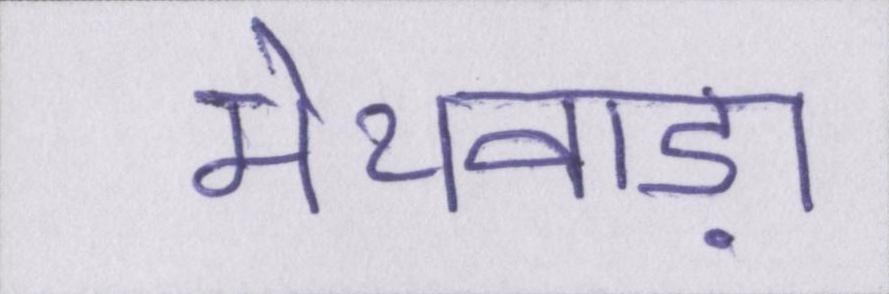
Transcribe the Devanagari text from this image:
मेथवाड़ा